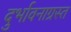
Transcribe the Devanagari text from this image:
दुर्भावनाग्रस्त